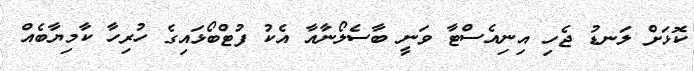
ކޮޅަށް ލަނޑު ޖެހި އިނިއެސްޓާ ވަނީ ބާސެލޯނާއާ އެކު ފުޓްބޯޅައިގެ ހުރިހާ ކާމިޔާބެއް